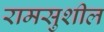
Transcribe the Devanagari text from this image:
रामसुशील